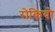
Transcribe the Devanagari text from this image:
रोकियो